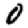
Digit: 0